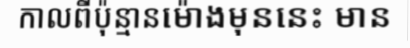
កាលពីប៉ុន្មានម៉ោងមុននេះ មាន